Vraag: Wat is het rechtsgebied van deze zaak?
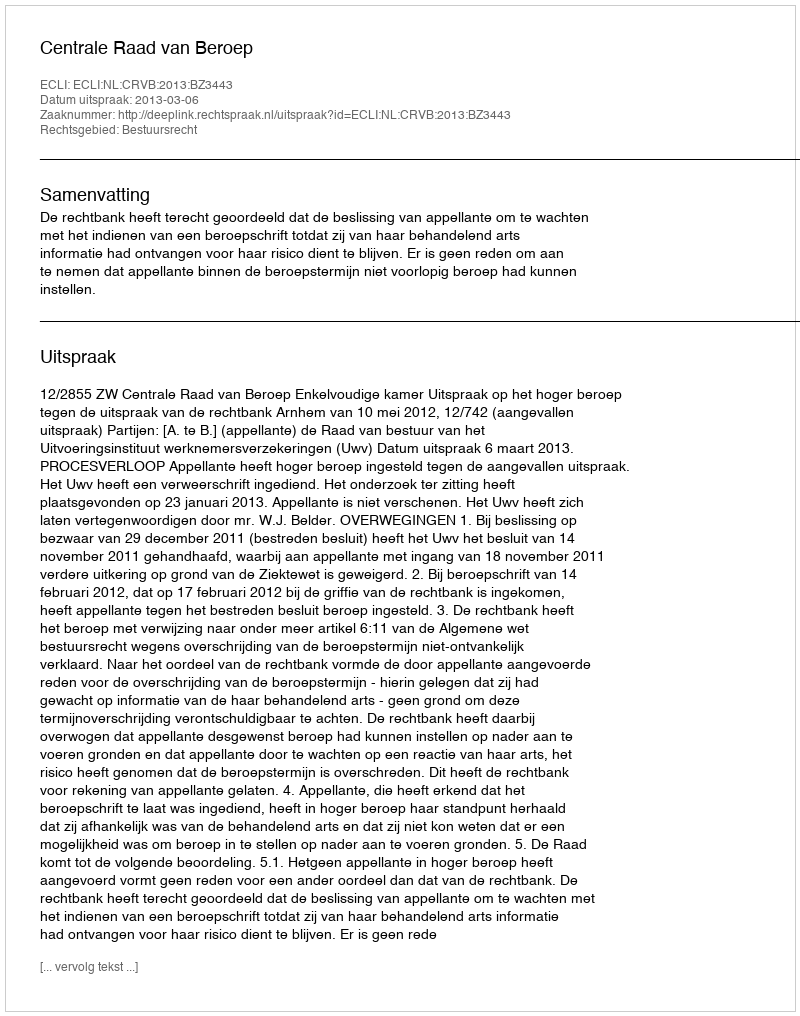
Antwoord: Bestuursrecht